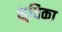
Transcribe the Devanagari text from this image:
शुचिका